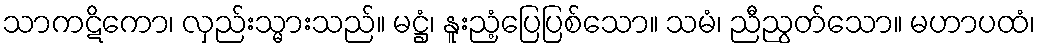
သာကဋိကော၊ လှည်းသ္မားသည်။ မဋ္ဌံ၊ နူးညံ့ပြေပြစ်သော။ သမံ၊ ညီညွတ်သော။ မဟာပထံ၊